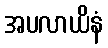
အပလာယိနံ